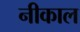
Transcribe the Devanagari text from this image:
नीकाल